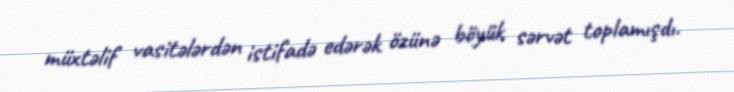
müxtəlif vasitələrdən istifadə edərək özünə böyük sərvət toplamışdı.